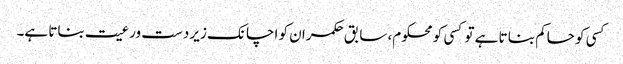
کسی کو حاکم بنا تا ہے تو کسی کو محکوم، سابق حکمران کو اچانک زیر دست ورعیت بناتا ہے۔